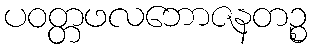
ပဝတ္တဖလဘောဇနတဉ္စ